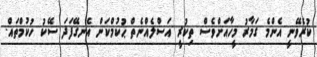
ކުރެވޭނީ އެންމެ ގަމާރު މީހާއަށްވެސް ތިކުރީ އަސްލެއްނެތް ޙުކުމްކަން އެނގޭފަދަ ސޭކު ހުކުމްތައް.